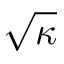
\sqrt { \kappa }